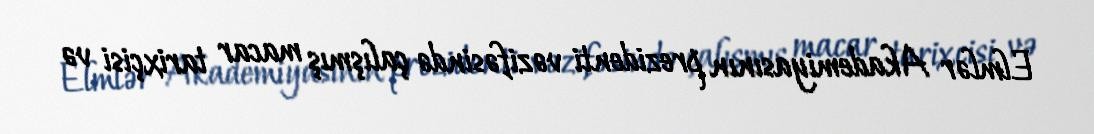
Elmlər Akademiyasının prezidenti vəzifəsində çalışmış macar tarixçisi və